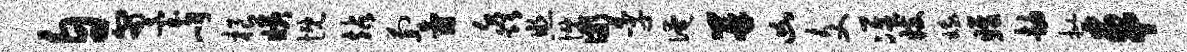
自匍台峋根姨慨站萄氤淼照慨儆季淹并凶文准妓娥雎劫批车